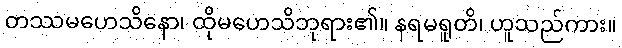
တဿမဟေသိနော၊ ထိုမဟေသိဘုရား၏။ နရမရူတိ၊ ဟူသည်ကား။